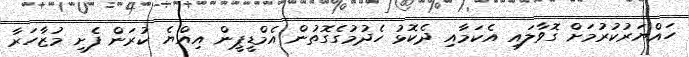
ހައްޔަރުކުރުމަށް ގޮވާލައި އެކަމާއި ދެކޮޅު ހެދުމުގެގޮތުން އެމްޑީޕީން އިއްޔެ ކުރަން ފެށި މުޒާހަރާ